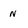
Character: N